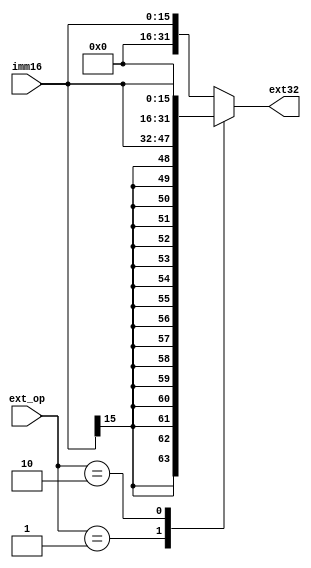
`timescale 1ns / 1ps
//////////////////////////////////////////////////////////////////////////////////
// Company: 
// Engineer: 
// 
// Design Name: 
// Module Name: ext
// Project Name: 
// Target Devices: 
// Tool Versions: 
// Description: 
// 
// Dependencies: 
// 
// Revision:
// Revision 0.01 - File Created
// Additional Comments:
// 
//////////////////////////////////////////////////////////////////////////////////


module ext(
    input [15:0] imm16,
    input [1:0] ext_op,
    output reg [31:0] ext32
    );
    
    always@(*)
    begin
        case(ext_op)
            2'b00: ext32 = {{16{1'b0}}, imm16};
            2'b01: ext32 = {{16{imm16[15]}}, imm16};
            2'b10: ext32 = {imm16, {16{1'b0}}};
            default: ext32 = {{16{1'b0}}, imm16};
        endcase
    end
endmodule